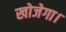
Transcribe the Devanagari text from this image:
खोजेगा।